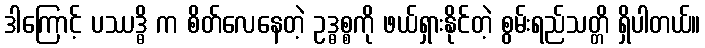
ဒါကြောင့် ပဿဒ္ဓိ က စိတ်လေနေတဲ့ ဥဒ္ဓစ္စကို ဖယ်ရှားနိုင်တဲ့ စွမ်းရည်သတ္တိ ရှိပါတယ်။